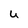
Character: U